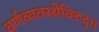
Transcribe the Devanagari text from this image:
वर्णव्यवस्थेविरुद्ध